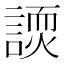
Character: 𬢽